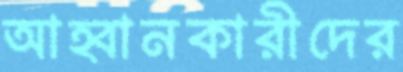
আহ্বানকারীদের